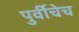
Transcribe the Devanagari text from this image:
पुर्वीचेच